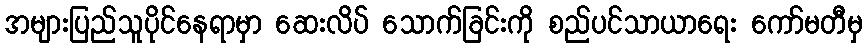
အများပြည်သူပိုင်နေရာမှာ ဆေးလိပ် သောက်ခြင်းကို စည်ပင်သာယာရေး ကော်မတီမှ